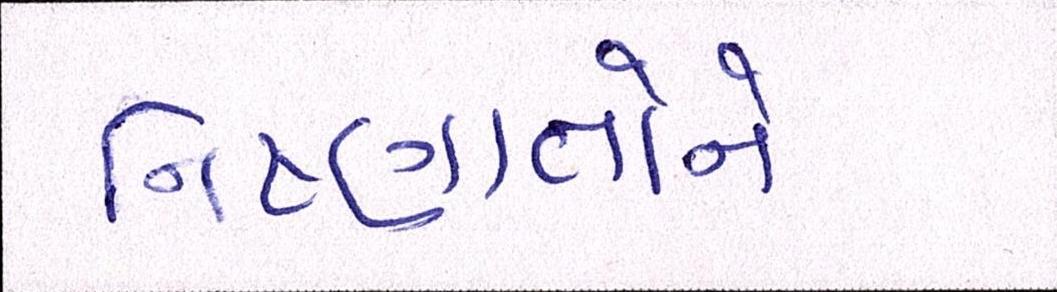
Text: નિષ્ણાતોને